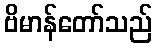
ဗိမာန်တော်သည်